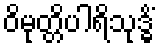
ဝိမုတ္တိပါရိသုဒ္ဓိံ